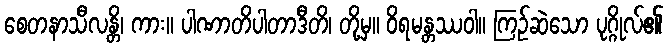
စေတနာသီလန္တိ၊ ကား။ ပါဏာတိပါတာဒီတိ၊ တို့မှ။ ဝိရမန္တဿဝါ။ ကြဉ်ဆဲသော ပုဂ္ဂိုလ်၏